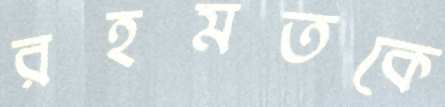
রহমতকে